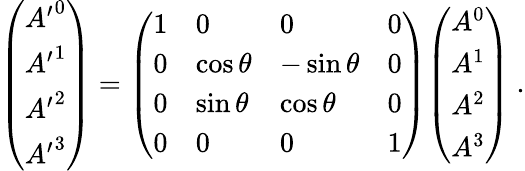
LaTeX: {\left(\begin{array}{l}{{A^{\prime}}^{0}}\\ {{A^{\prime}}^{1}}\\ {{A^{\prime}}^{2}}\\ {{A^{\prime}}^{3}}\end{array}\right)}={\left(\begin{array}{llll}{1}&{0}&{0}&{0}\\ {0}&{\cos\theta}&{-\sin\theta}&{0}\\ {0}&{\sin\theta}&{\cos\theta}&{0}\\ {0}&{0}&{0}&{1}\end{array}\right)}{\left(\begin{array}{l}{A^{0}}\\ {A^{1}}\\ {A^{2}}\\ {A^{3}}\end{array}\right)}\ .